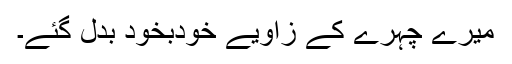
میرے چہرے کے زاویے خودبخود بدل گئے۔